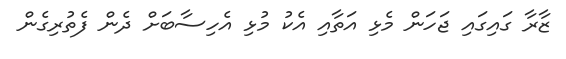
ޒާރާ ގައިގައި ޖަހަން މެޅި އަތާއި އެކު މުޅި އެހިސާބަށް ދެން ފެތުރިގެން